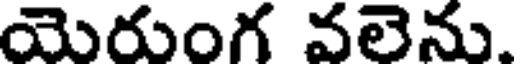
యెరుంగ వలెను.